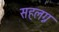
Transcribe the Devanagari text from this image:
सहलग्न